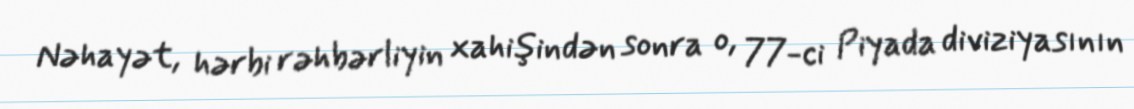
Nəhayət, hərbi rəhbərliyin xahişindən sonra o, 77-ci Piyada diviziyasının